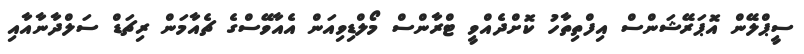
ސީޕްލޭން އޮޕަރޭޝަންސް އިފްތިތާހު ކޮށްދެއްވީ ޓްރާންސް މޯލްޑިވިއަން އެއާވޭސްގެ ޗެއާމަން ރިޗަޑް ސަލްދާނާއާއި